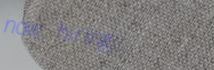
now hiring